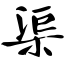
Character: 渠